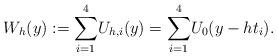
LaTeX: \begin{align*} {{W}_{h}}(y):={\sum^4_{i=1}} U_{h,i}(y)={\sum^4_{i=1}} U_0(y-ht_i).\end{align*}